Vaccination North-Western Provinces and Oudh 1896-1901 - 1896-1901
Year: 1896
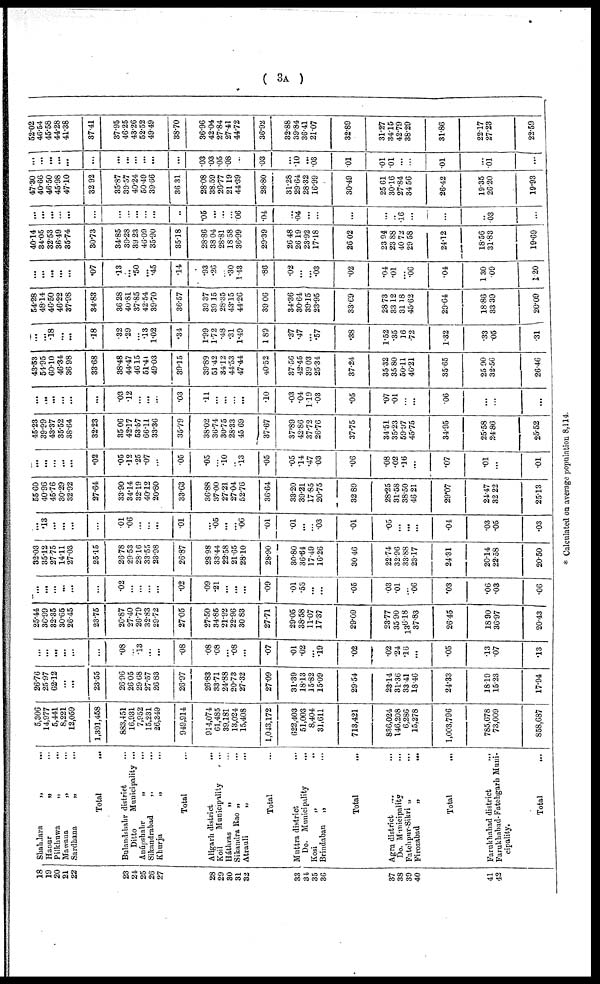
( 3A )
18
19
20
21
22
23
24
25
26
27
28
29
30
31
32
33
34.
35
36
37
38
39
40
41
42
Shahdara
„ ...
Hapur
„
...
Pilkhuwa „ ...
Mawana
„
...
Sardhana
„
...
Total ...
Bulandshahr district ...
Ditto
Municipality ...
Anúpshagr „ ...
Sikandrabad „ ...
Khurja
„
...
Total ...
Aligarh district
...
Koil
Municipality ...
Háthras „ ...
Sikandra Rao „ ...
Atrauli „ ...
Total ...
Muttra district ...
Do. Municipality ...
Kosi
„
...
Brindaban „ ...
Total ...
Agra district ... ...
Do. Municipality ...
Fatehpur-Sikri „ ...
Firozabad
„
...
Total ...
Farukhabad district
...
Farukhabad-Fatehgarh Muni-
cipality.
Total ...
5,306
14,977
5,441
8,221
12,059
1,391,458
883,451
16,931
7,952
15,231
26,349
949,914
914,074
61,485
39,181
13,024
15,408
1,043,172
622,403
51,003
8,404
31,611
713,421
836,024
146,208
6,286
15,278
1,003,796
785,678
73,009
858,687
26.76
25.97
62.12
...
...
23.55
26.96
26.05
29.68
27.57
26.83
26.97
26.83
33.71
24.88
20.73
27.32
27.09
31.39
18.13
15.82
15.09
29.54
2314
31.36
33.41
18.46
24.33
18.19
15.23
17.94
...
...
...
...
...
...
.08
.13
...
...
.08
.08
.08
...
.08
...
.07
.01
.02
...
.19
.02
.02
.24
.16
...
.05
.13
.07
.13
25.44
36.99
32.35
30.65
26.45
23.75
26.87
27.40
26.79
32.83
29.72
27.05
27.50
34.85
21.92
22.96
30.83
27.71
29.05
38.58
11.07
17.37
29.09
23.77
35.90
136.18
37.83
26.45
18.90
36.97
20.43
...
...
...
...
...
...
.02
...
...
...
...
.02
.09
.21
...
...
...
.09
.01
.53
...
...
.05
.03
.01
...
.06
.03
.06
.03
.06
32.03
35.12
27.75
14.11
27.03
25.15
26.78
29.53
28.16
33.55
23.98
26.87
28.98
33.44
22.58
21.65
28.10
28.90
30.80
36.64
17.49
16.26
30.46
22.74
32.96
33.88
23.17
24.31
20.14
22.58
20.50
...
.13
...
...
...
...
.01
.06
...
...
...
.01
...
.05
...
...
.06
.01
.01
...
...
.03
.01
.05
...
...
...
.04
.03
.05
.03
55.60
40.96
45.76
30.29
32.92
27.64
33.90
34.14
32.19
40.12
20.80
33.63
36.88
37.00
27.21
27.04
52.76
36.64
33.20
39.21
17.85
20.75
32.89
28.25
31.58
38.50
46.21
29.07
24.47
32.22
25.13
...
...
...
...
...
.02
.05
.12
.25
.07
...
.05
.05
...
.10
...
.13
.05
.05
.14
.47
03
.06
.08
.02
.16
...
.07
.01
...
.01
45.23
39.99
43.37
35.52
38.64
32.23
35.06
42.17
53.57
66.11
33.36
35.79
38.02
36.74
30.75
28.33
45.69
37.67
37.89
42.86
37.72
26.76
37.75
34.51
35.23
59.97
45.75
34.95
25.58
24.86
25.52
...
...
...
...
...
...
.03
.12
...
...
.03
.11
..
...
...
...
.10
.03
.04
119
.03
.05
.07
.01
...
...
.06
...
...
...
43.53
54.95
60.10
46.34
36.98
33.68
38.48
44.47
46.15
51.41
49.03
39.15
39.89
51.42
34.12
44.53
47.44
40.52
37.56
42.45
39.03
25.34
37.24
35.32
35.80
50.11
46.21
35.65
25.90
32.56
26.46
...
...
.18
...
...
.18
.32
.29
...
.13
1.02
.34
1.99
1.72
.48
.31
1.49
1.89
.37
.47
...
.57
.38
1.52
.35
16
.72
1.32
.33
.05
.31
54.28
48.14
46.50
46.22
37.98
34.83
36.28
40.81
37.85
42.54
39.70
36.57
39.37
39.15
28.35
43.15
44.26
39.06
34.36
30.64
39.15
23.95
33.69
28.73
33.12
31.18
45.62
29.64
18.86
33.39
20.09
...
...
...
...
...
.07
.13
...
.50
...
.45
.14
.93
.26
...
.30
1.43
.86
.02
...
...
.03
.02
.04
.01
...
.06
.04
1.30
.09
120
40.14
34.05
32.53
36.49
35.74
30.73
34.85
39.28
39.23
46.09
35.90
35.18
28.86
38.04
28.81
18.58
36.99
29.39
26.48
26.19
23.92
17.18
26.02
23.94
23.88
40.72
29.58
24.12
18.56
31.83
19.69
...
...
...
...
...
...
...
...
...
...
...
...
.05
...
...
...
.06
.04
...
.04
...
...
...
...
...
.16
...
...
...
.03
...
47.30
40.66
46.50
45.98
47.10
32 92
35.87
39.57
40.24
50.49
39.66
36.31
28.08
38.59
26.77
21.19
44.39
28.80
31.28
29.64
28.32
16.99
30.49
25.61
30.16
27.84
3456
26.42
19.35
26.20
19.93
...
...
...
...
...
...
...
...
...
...
...
...
.03
.03
.05
.08
...
.03
...
.10
...
.03
.01
.01
.01
...
...
.01
...
.01
...
52.02
46.54
45.58
44.28
41.38
37.41
37.95
46.25
43.26
52.52
49.49
38.70
36.96
42.04
27.84
27.41
44.72
36.92
32.88
39.84
36.41
21.07
32.89
31.27
34.15
42.79
38.29
31.86
22.17
27.23
22.59
* Calculated on average population 8,114.